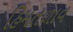
હિમતળાવ